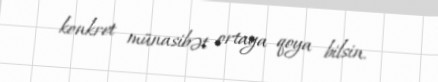
konkret münasibət ortaya qoya bilsin.